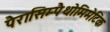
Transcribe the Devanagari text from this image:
पैरासिम्पैथोमिमेटिक